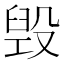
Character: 毁